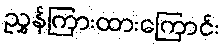
ညွှန်ကြားထားကြောင်း